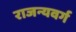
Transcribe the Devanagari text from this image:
राजन्यवर्ग